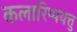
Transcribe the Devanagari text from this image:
कलारिप्पयत्तु